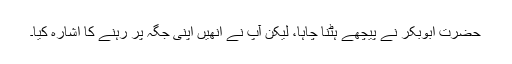
حضرت ابوبکر نے پیچھے ہٹنا چاہا، لیکن آپ نے انھیں اپنی جگہ پر رہنے کا اشارہ کیا۔